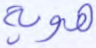
هوية